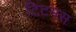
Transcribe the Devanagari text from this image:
टिटमस